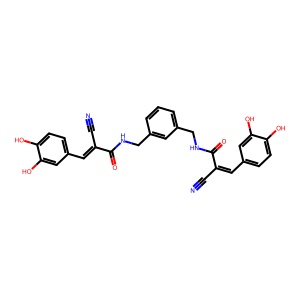
SMILES: N#CC(=Cc1ccc(O)c(O)c1)C(=O)NCc1cccc(CNC(=O)C(C#N)=Cc2ccc(O)c(O)c2)c1
Inhibits HIV replication: No